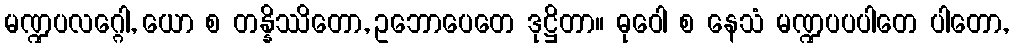
မဏ္ဍပလဂ္ဂေါ, ယော စ တန္နိဿိတော, ဥဘောပေတေ ဒုဋ္ဌိတာ။ ဓုဝေါ စ နေသံ မဏ္ဍပပပါတေ ပါတော,